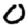
Digit: 0